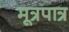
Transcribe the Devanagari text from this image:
मूत्रपात्र